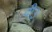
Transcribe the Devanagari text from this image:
वी३